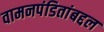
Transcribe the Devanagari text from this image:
वामनपंडितांबद्दल